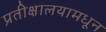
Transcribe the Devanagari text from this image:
प्रतीक्षालयामधून